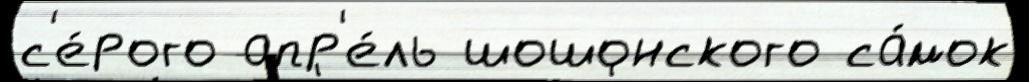
с'е́рого апр'е́ль шошонского са́мок